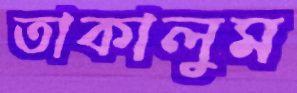
তাকালুম